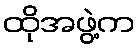
ထိုအဖွဲ့က